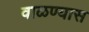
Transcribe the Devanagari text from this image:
वाळण्यास